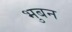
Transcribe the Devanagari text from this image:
भुबन